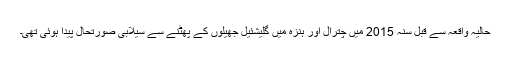
حالیہ واقعہ سے قبل سنہ 2015 میں چترال اور ہنزہ میں گلیشئیل جھیلوں کے پھٹنے سے سیلابی صورتحال پیدا ہوئی تھی۔